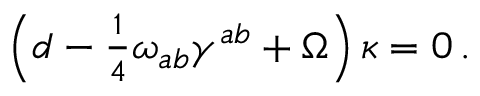
\left( d - { \textstyle \frac { 1 } { 4 } } \omega _ { a b } \gamma ^ { a b } + \Omega \right) \kappa = 0 \, .